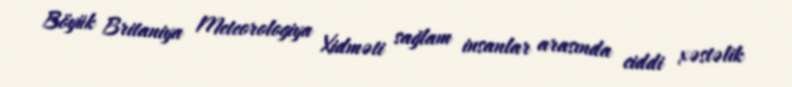
Böyük Britaniya Meteorologiya Xidməti sağlam insanlar arasında ciddi xəstəlik